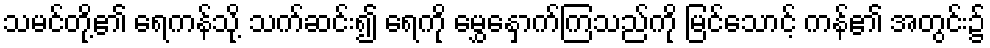
သမင်တို့၏ ရေကန်သို့ သက်ဆင်း၍ ရေကို မွှေနှောက်ကြသည်ကို မြင်သောင့် ကန်၏ အတွင်း၌